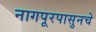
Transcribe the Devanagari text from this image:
नागपूरपासुनचे